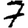
Digit: 7